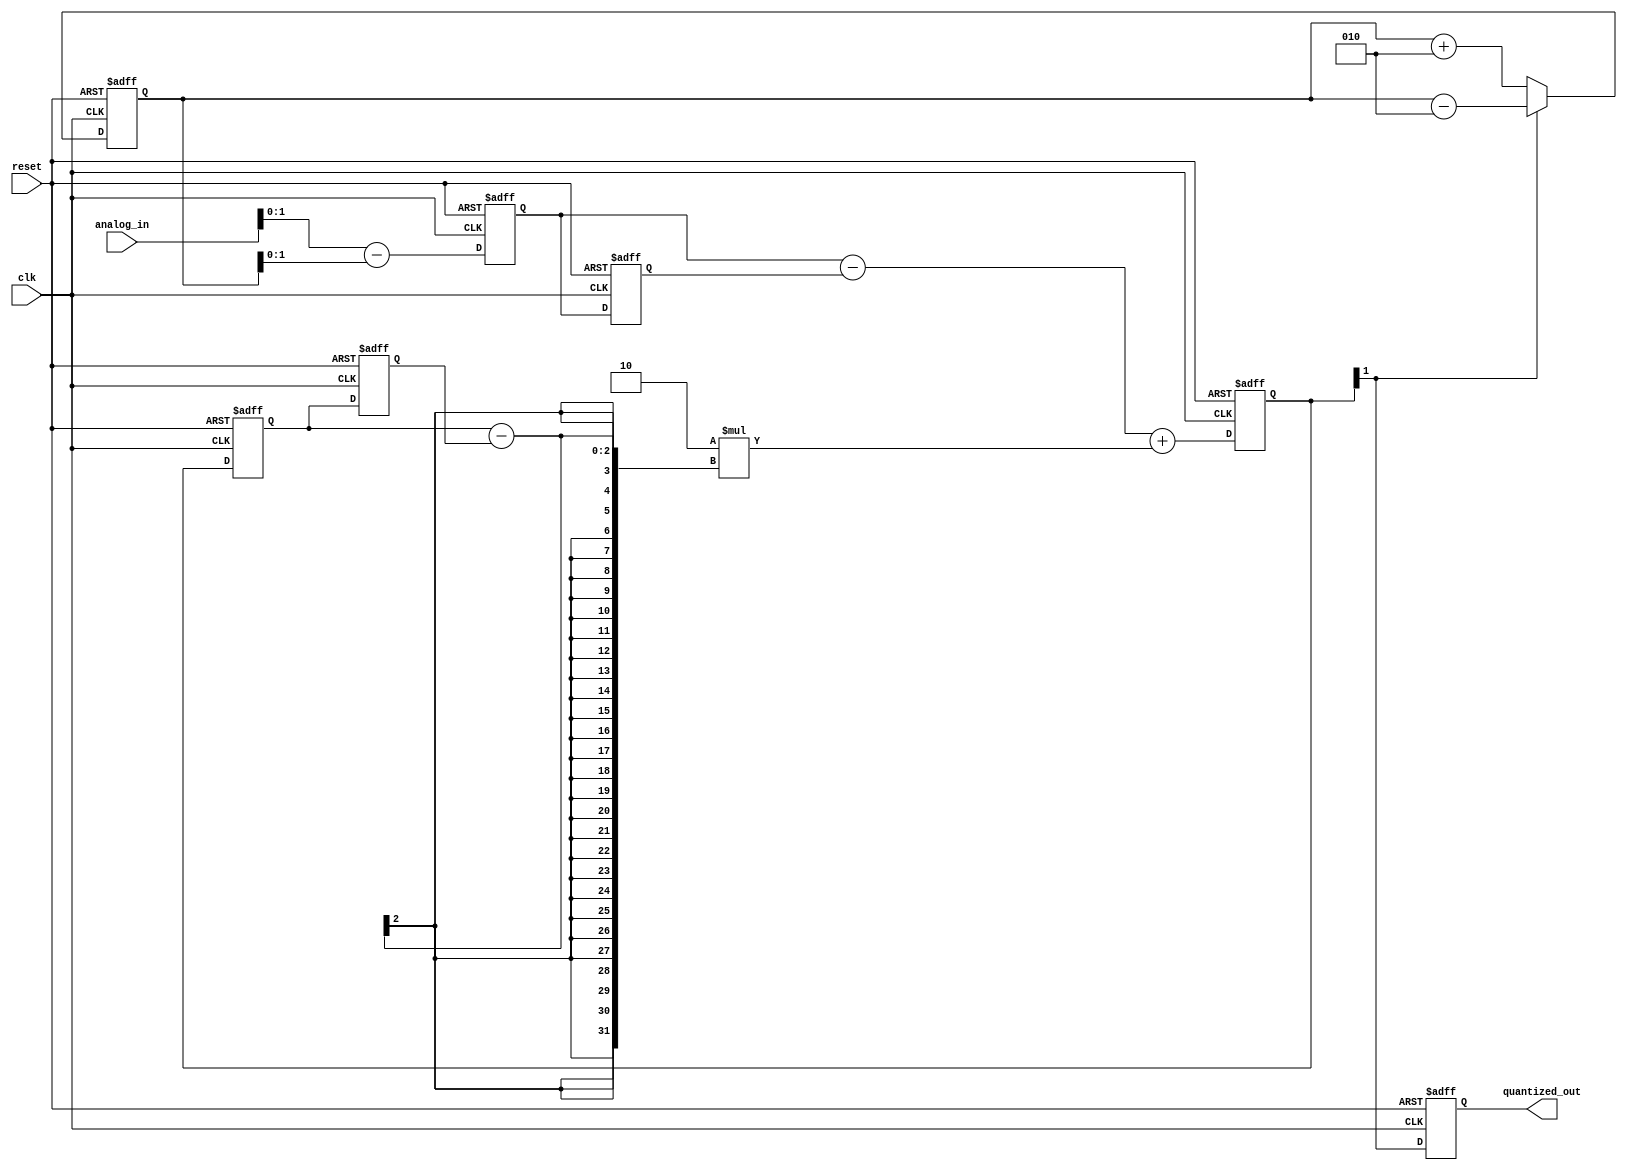
module sd_modulator(
    input clk,
    input reset,
    input signed [7:0] analog_in,
    output reg quantized_out
);

parameter K = 2; // Loop filter gain
parameter N = 2; // Order of the modulator

reg signed [7:0] e1;
reg signed [7:0] e2;
reg [N-1:0] d1;
reg [N-1:0] d2;
reg signed [7:0] y;
reg [N-1:0] q;

always @(posedge clk or posedge reset) begin
    if (reset) begin
        e1 <= 0;
        e2 <= 0;
        d1 <= 0;
        d2 <= 0;
        y <= 0;
        q <= 0;
        quantized_out <= 0;
    end else begin
        // Calculate the error term
        e1 <= analog_in - y;

        // Calculate the quantization error
        q <= e1 - e2 + K * (d1 - d2);

        // Quantize the error term
        if (q[N-1] == 1'b0) begin
            y <= y + (1 << (N-1));
        end else begin
            y <= y - (1 << (N-1));
        end

        // Update the delay lines
        d2 <= d1;
        d1 <= q;

        e2 <= e1;

        // Output the quantized bit
        quantized_out <= q[N-1];
    end
end
endmodule